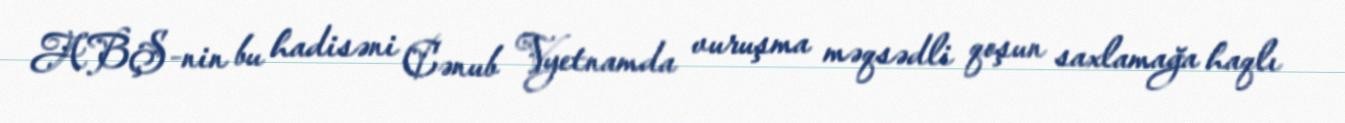
ABŞ-nin bu hadisəni Cənub Vyetnamda vuruşma məqsədli qoşun saxlamağa haqlı